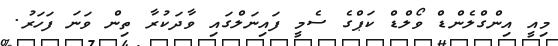
މިއީ އިންގްލެންޑް ވޯލްޑް ކަޕްގެ ސެމީ ފައިނަލްގައި ވާދަކުރާ ތިން ވަނަ ފަހަރު.